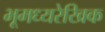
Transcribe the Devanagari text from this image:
भूमध्यरेखिक